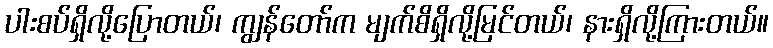
ပါးစပ်ရှိလို့ပြောတယ်၊ ကျွန်တော်က မျက်စိရှိလို့မြင်တယ်၊ နားရှိလို့ကြားတယ်။